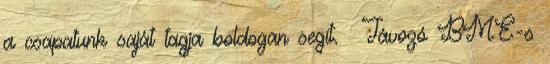
a csapatunk saját tagja boldogan segít. Távozó BME-s